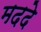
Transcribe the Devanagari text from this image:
मददे